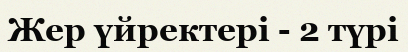
Жер үйректері - 2 түрі